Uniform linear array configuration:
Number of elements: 48
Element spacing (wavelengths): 0.5
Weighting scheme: uniform
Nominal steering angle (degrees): -60
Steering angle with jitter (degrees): -61.177
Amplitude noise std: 0.05
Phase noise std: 0.05

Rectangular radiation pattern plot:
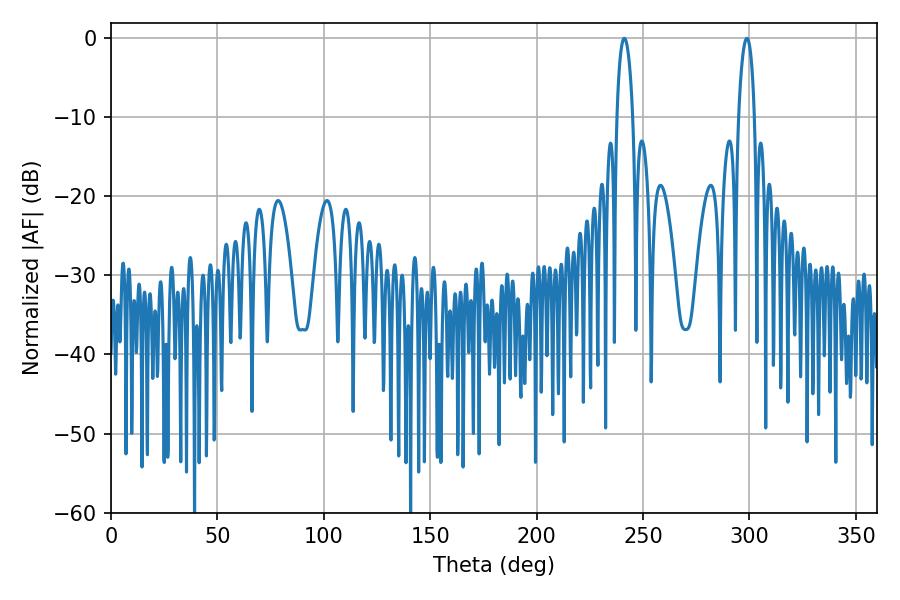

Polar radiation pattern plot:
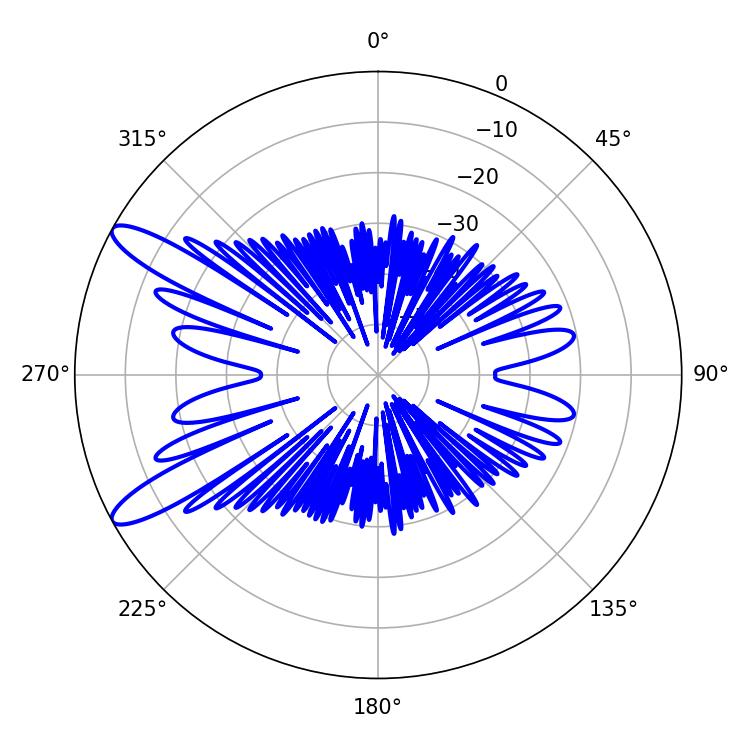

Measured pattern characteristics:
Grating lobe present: FALSE
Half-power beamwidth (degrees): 4.14
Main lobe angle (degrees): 241.2